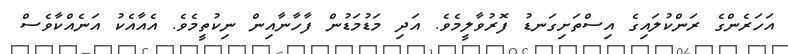
އަހަރެންގެ ރަންކުލައިގެ އިސްތަށިގަނޑު ފޮރުވާލީމެވެ. އަދި މަޑުމަޑުން ފާހާނާއިން ނިކުތީމެވެ. އެއާއެކު އަނެއްކާވެސް